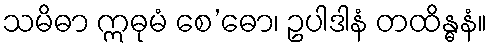
သမိဓာ ဣဓုမံ စေ’ဓော၊ ဥပါဒါနံ တထိန္ဓနံ။